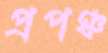
প্রপঞ্চ